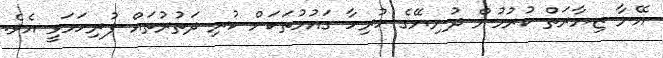
އޭނާ ޒިޔާރަތް ކުރުމުން ދުނިޔޭގެ ހުރިހާ ގައުމުތަކަށް ކުރި ދަތުރުތައް ފުރިހަމަވީ އެވެ.